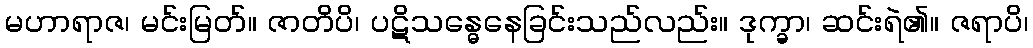
မဟာရာဇ၊ မင်းမြတ်။ ဇာတိပိ၊ ပဋိသန္ဓေနေခြင်းသည်လည်း။ ဒုက္ခာ၊ ဆင်းရဲ၏။ ဇရာပိ၊